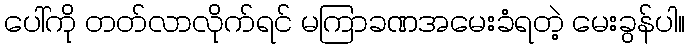
ပေါ်ကို တတ်လာလိုက်ရင် မကြာခဏအမေးခံရတဲ့ မေးခွန်ပါ။